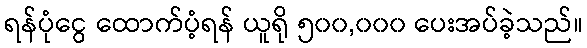
ရန်ပုံငွေ ထောက်ပံ့ရန် ယူရို ၅၀၀,၀၀၀ ပေးအပ်ခဲ့သည်။